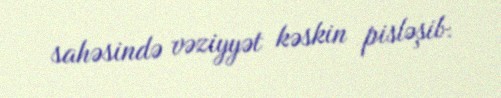
sahəsində vəziyyət kəskin pisləşib.